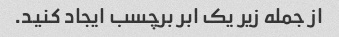
از جمله زیر یک ابر برچسب ایجاد کنید.